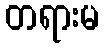
တရားမ